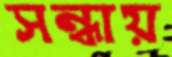
সন্ধায়